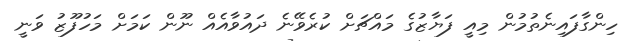
ހިންގާފައިނެތުމުން މިއީ ފަޔާޒުގެ މައްޗަށް ކުރެވޭނެ ދައުވާއެއް ނޫން ކަމަށް މަހުފޫޒު ވަނީ